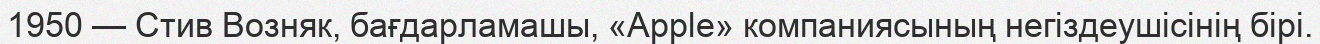
1950 — Стив Возняк, бағдарламашы, «Apple» компаниясының негіздеушісінің бірі.